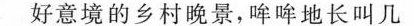
好意境的乡村晚景，哞哞地长叫几